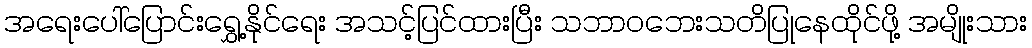
အရေးပေါ်ပြောင်းရွှေ့နိုင်ရေး အသင့်ပြင်ထားပြီး သဘာဝဘေးသတိပြုနေထိုင်ဖို့ အမျိုးသား